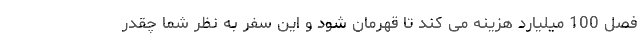
فصل 100 میلیارد هزینه می کند تا قهرمان شود و این سفر به نظر شما چقدر